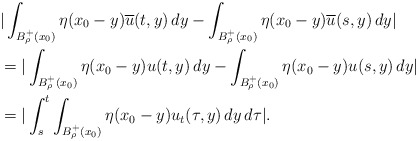
\begin{align*}&|\int_{B^+_\rho(x_0)}\eta(x_0-y)\overline{u}(t,y)\,dy-\int_{B^+_\rho(x_0)}\eta(x_0-y)\overline{u}(s,y)\,dy|\\&=|\int_{B^+_\rho(x_0)}\eta(x_0-y)u(t,y)\,dy-\int_{B^+_\rho(x_0)}\eta(x_0-y)u(s,y)\,dy|\\&=|\int_s^t \int_{B^+_\rho(x_0)}\eta(x_0-y)u_t(\tau,y)\,dy\,d\tau|.\end{align*}